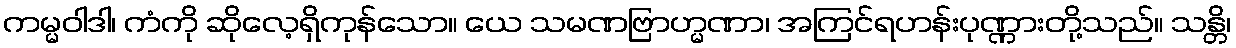
ကမ္မဝါဒါ၊ ကံကို ဆိုလေ့ရှိကုန်သော။ ယေ သမဏဗြာဟ္မဏာ၊ အကြင်ရဟန်းပုဏ္ဏားတို့သည်။ သန္တိ၊